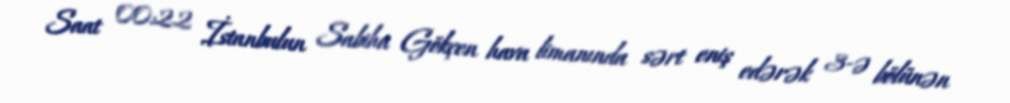
Saat 00:22 İstanbulun Sabiha Gökçen hava limanında sərt eniş edərək 3-ə bölünən